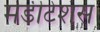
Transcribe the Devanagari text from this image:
मेडीटेशंस